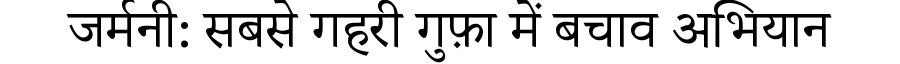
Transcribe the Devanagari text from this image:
जर्मनी: सबसे गहरी गुफ़ा में बचाव अभियान